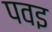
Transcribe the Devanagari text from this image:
पवइ